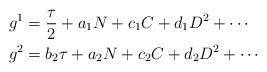
LaTeX: \begin{align*}g^1&=\displaystyle\frac{\tau}{2}+a_1N+c_1C+d_1D^2+\cdots\\g^2&=b_2\tau+a_2N+c_2C+d_2D^2+\cdots\end{align*}